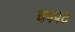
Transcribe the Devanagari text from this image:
चपपट